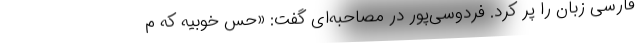
فارسی زبان را پر کرد. فردوسی‌پور در مصاحبه‌ای گفت: «حس خوبیه که م